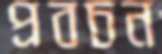
প্রবচন